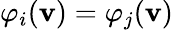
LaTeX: \varphi_{i}(\mathbf{v})=\varphi_{j}(\mathbf{v})